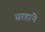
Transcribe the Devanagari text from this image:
सरहाने